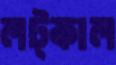
লট্‌কাল